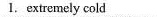
1.extremely cold